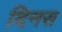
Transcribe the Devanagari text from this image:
दिनस